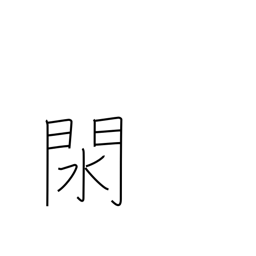
Meaning: pan for gold